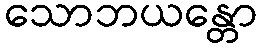
သောဘယန္တော